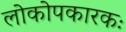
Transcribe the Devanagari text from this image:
लोकोपकारकः